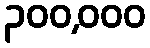
၃၀၀,၀၀၀